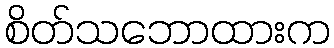
စိတ်သဘောထားက